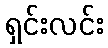
ရှင်းလင်း